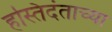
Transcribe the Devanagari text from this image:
हस्तिदंताच्या